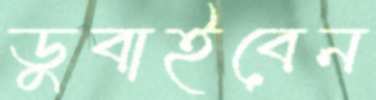
ডুবাইবেন